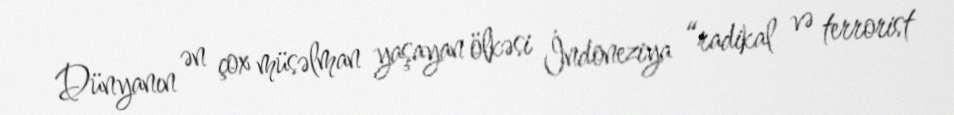
Dünyanın ən çox müsəlman yaşayan ölkəsi İndoneziya “radikal və terrorist